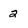
Character: 2